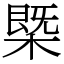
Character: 槩